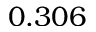
0 . 3 0 6